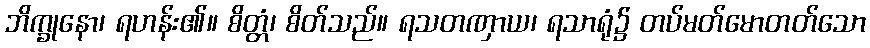
ဘိက္ခုနော၊ ရဟန်း၏။ စိတ္တံ၊ စိတ်သည်။ ရသတဏှာယ၊ ရသာရုံ၌ တပ်မတ်မောတတ်သော